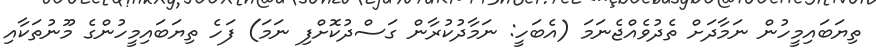
ތިޔަބައިމީހުން ނަމާދަށް ތެދުވެއްޖެނަމަ (އެބަހީ: ނަމާދުކުރާން ގަސްދުކޮށްފި ނަމަ) ފަހެ ތިޔަބައިމީހުންގެ މޫނުތަކާއި